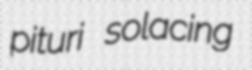
pituri solacing